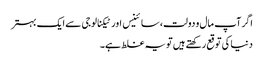
اگر آپ مال و دولت، سائینس اور ٹیکنالوجی سے ایک بہتر
دنیا کی توقع رکھتے ہیں تو یہ غلط ہے۔